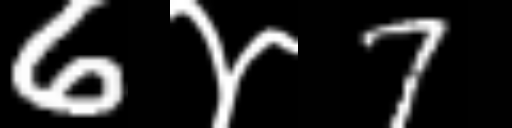
Text: 6४7